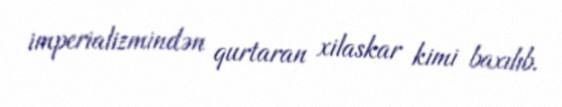
imperializmindən qurtaran xilaskar kimi baxılıb.